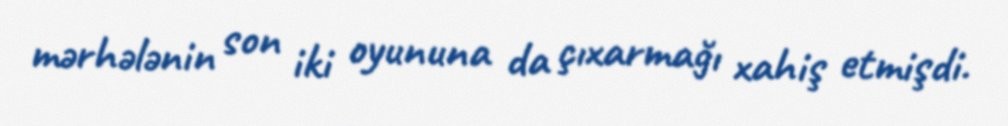
mərhələnin son iki oyununa da çıxarmağı xahiş etmişdi.